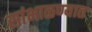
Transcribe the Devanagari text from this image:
सांभाळण्यात